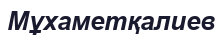
Мұхаметқалиев